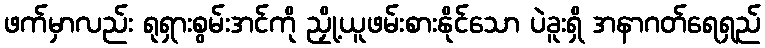
ဖက်မှာလည်း ရုရှားစွမ်းအင်ကို ညှို့ယူဖမ်းစားနိုင်သော ပဲခူးရှိ အနာဂတ်ရေရှည်